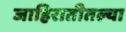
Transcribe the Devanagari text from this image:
जाहिरातीतल्या